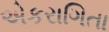
એકરાગિતા